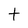
Character: t